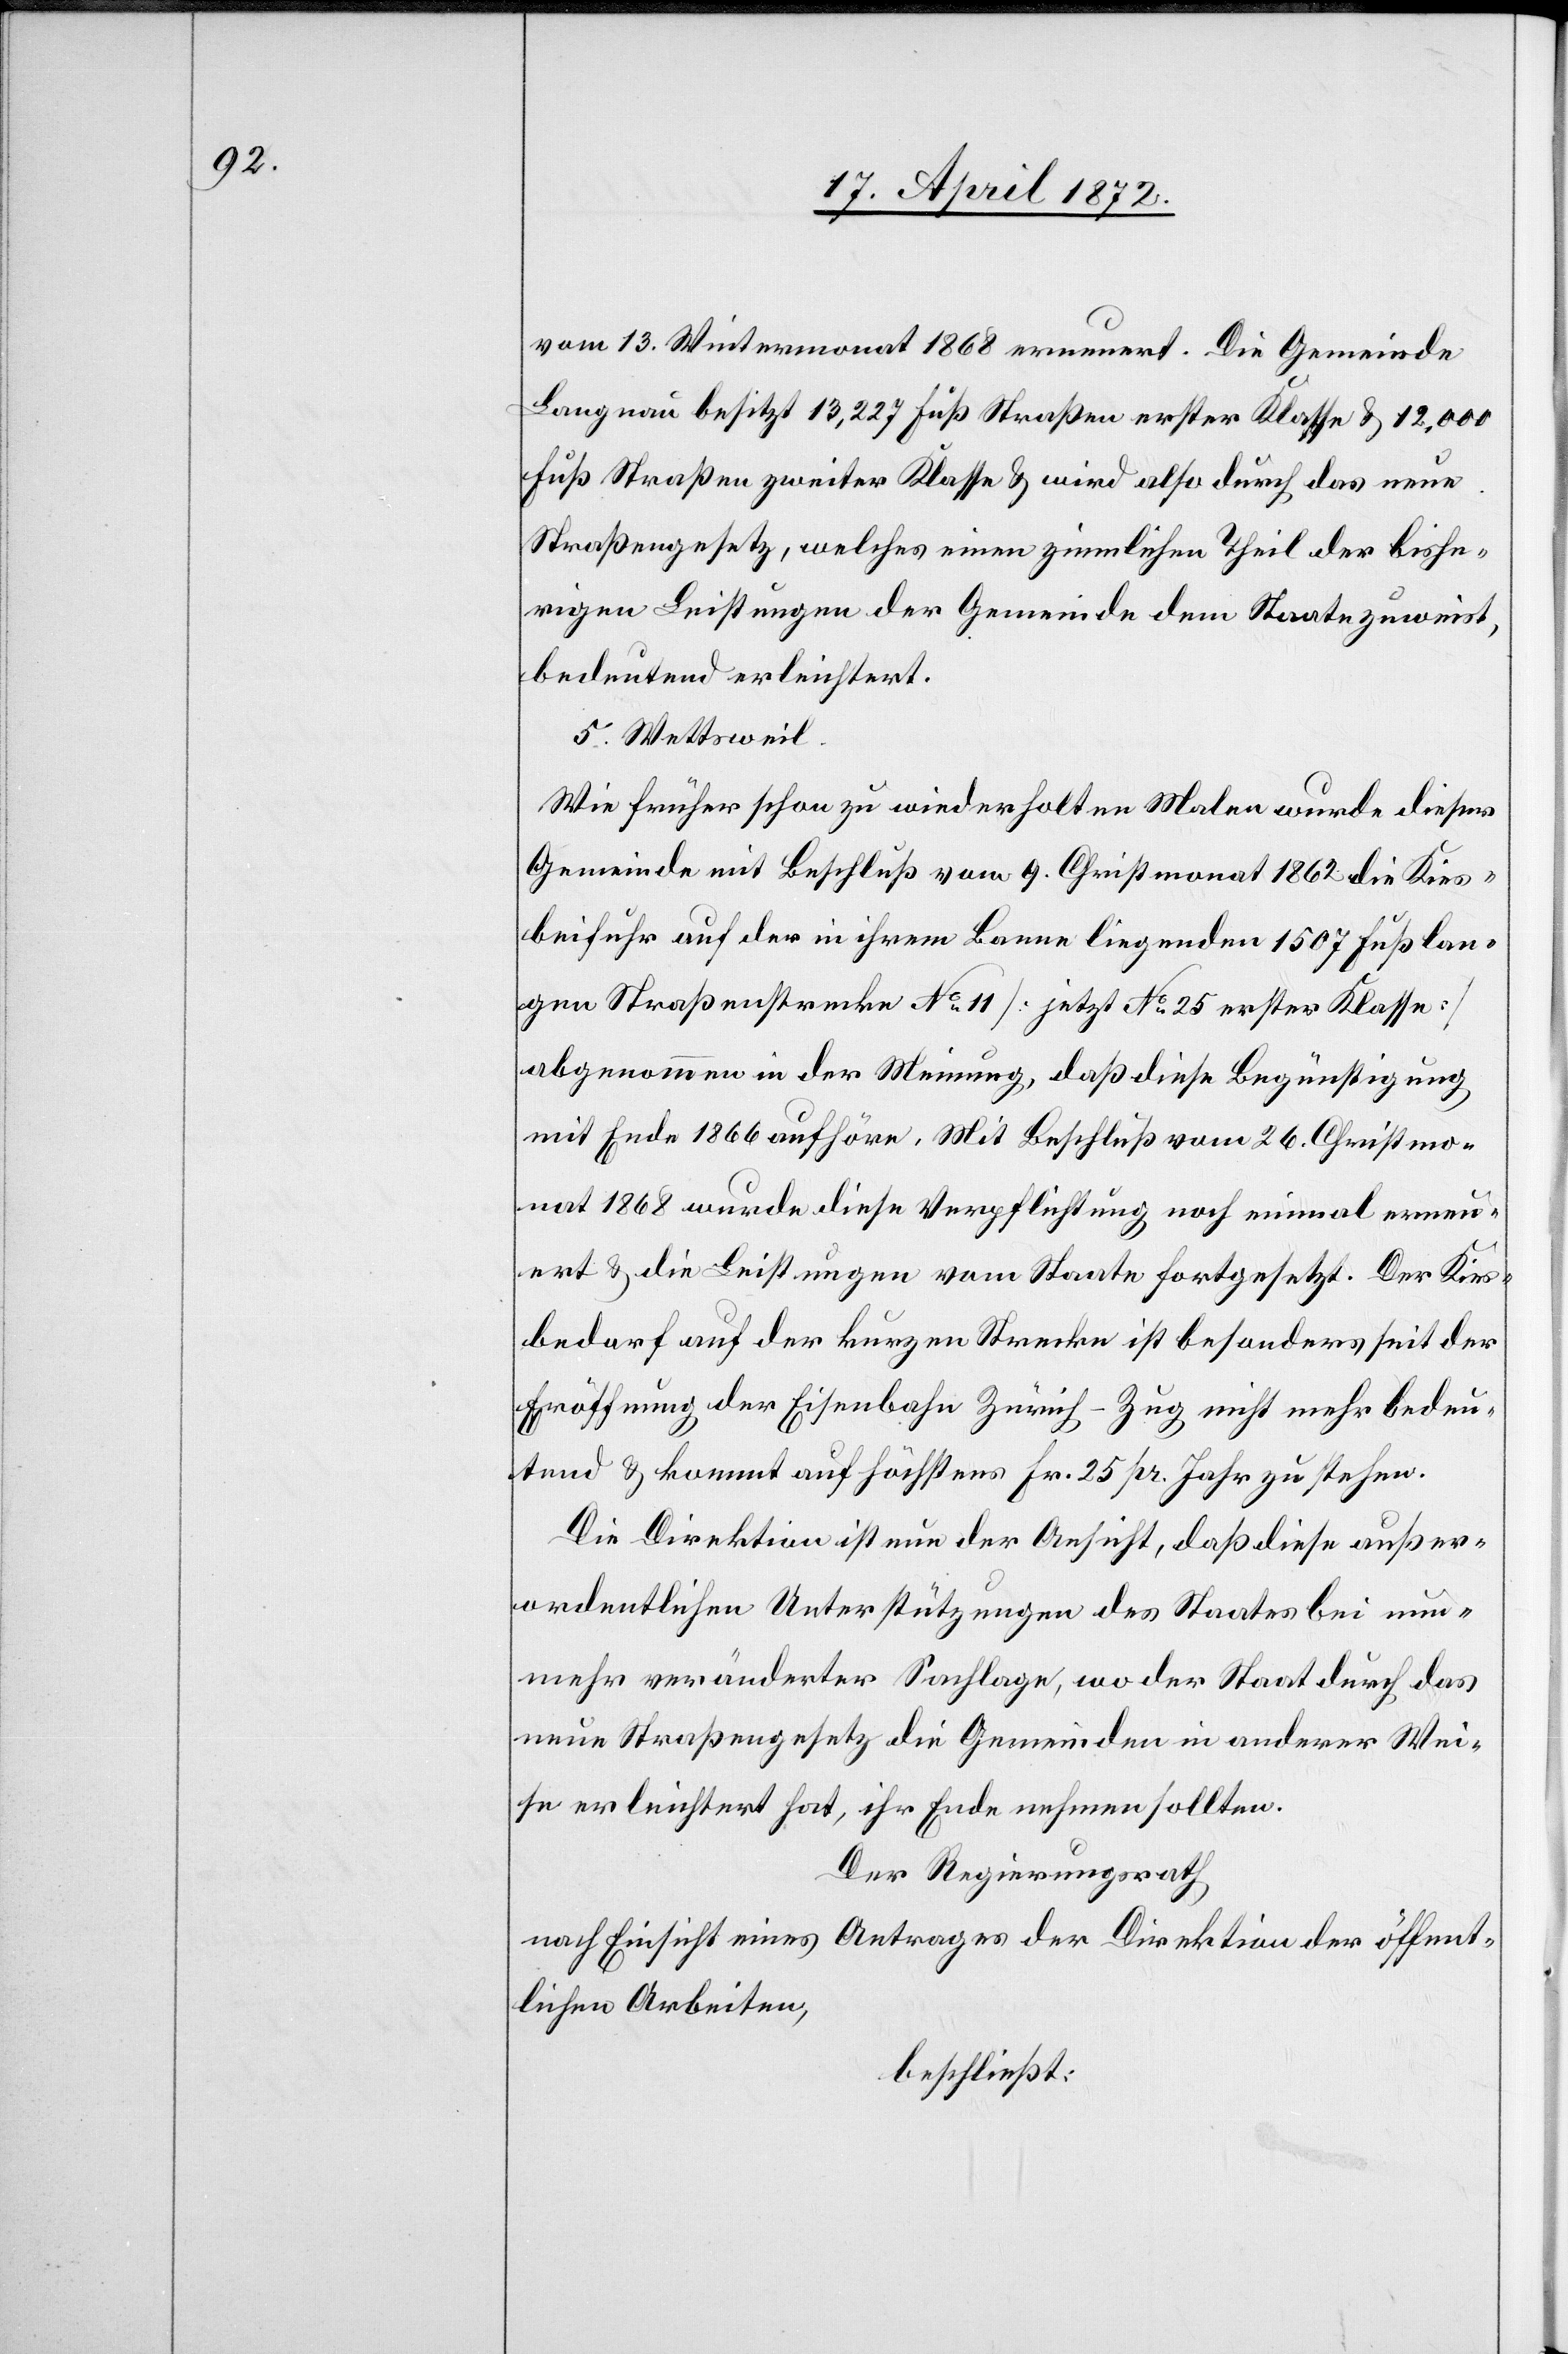
vom 13. Wintermonat 1868 erneuert. Die Gemeinde
Langnau besitzt 13,227 Fuß Straßen erster Klasse u. 12,000
Fuß Straßen zweiter Klasse u. wird also durch das neue
Straßengesetz, welches einen ziemlichen Theil der bishe¬
rigen Leistungen der Gemeinde dem Staate zuweist,
bedeutend erleichtert.
5. Wettsweil.
Wie früher schon zu wiederholten Malen wurde dieser
Gemeinde mit Beschluß vom 9. Christmonat 1862 die Kies¬
beifuhr auf der in ihrem Banne liegenden 1507 Fuß lan¬
gen Straßenstrecke No 11 [jetzt No 25 erster Klasse]
abgenommen in der Meinung, daß diese Begünstigung
mit Ende 1866 aufhöre. Mit Beschluß vom 26. Christmo¬
nat 1868 wurde diese Verpflichtung noch einmal erneu¬
ert u. die Leistungen vom Staate fortgesetzt. Der Kies¬
bedarf auf der kurzen Strecke ist besonders seit der
Eröffnung der Eisenbahn Zürich-Zug nicht mehr bedeu¬
tend u. kommt auf höchstens Fr. 25 pr. Jahr zu stehen.
Die Direktion ist nun der Ansicht, daß diese außer¬
ordentlichen Unterstützungen des Staates bei nun¬
mehr veränderter Sachlage, wo der Staat durch das
neue Straßengesetz die Gemeinden in anderer Wei¬
se erleichtert hat, ihr Ende nehmen sollten.
Der Regierungsrath
nach Einsicht eines Antrages der Direktion der öffent¬
lichen Arbeiten,
beschließt: